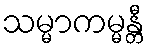
သမ္မာကမ္မန္တီ